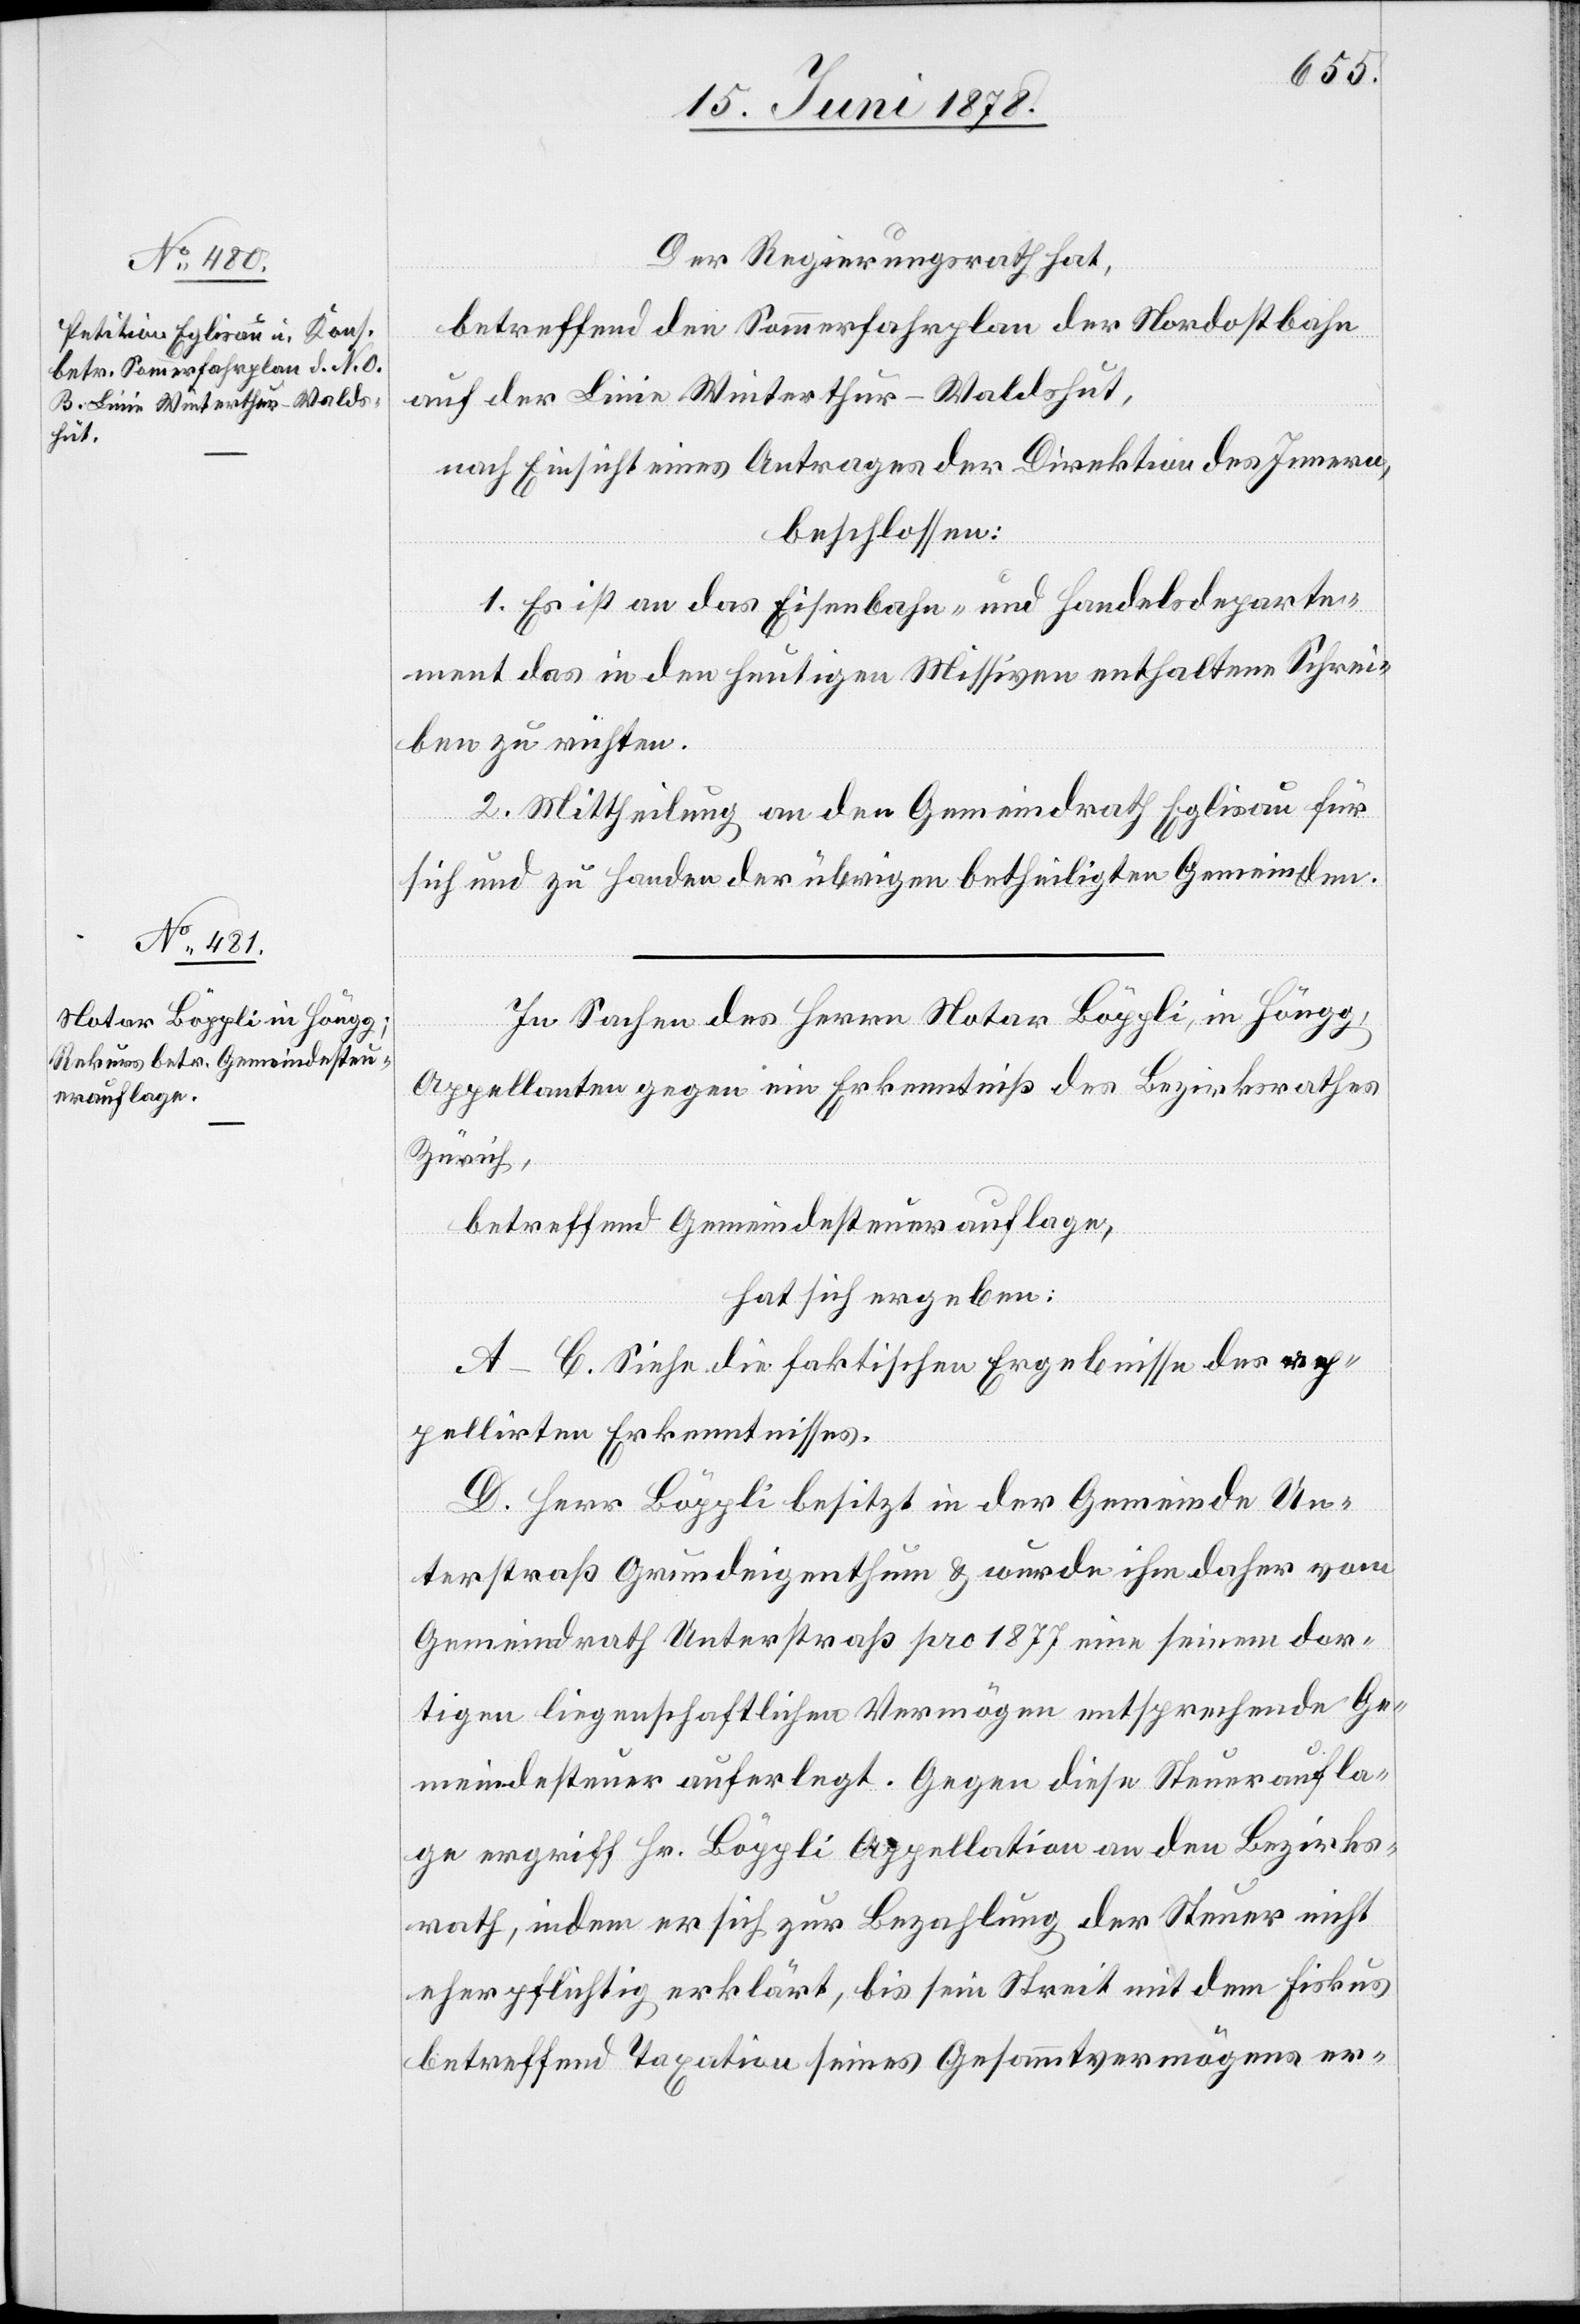
Der Regierungsrath hat,
betreffend den Sommerfahrplan der Nordostbahn
auf der Linie Winterthur–Waldshut,
nach Einsicht eines Antrages der Direktion des Innern,
beschlossen:
1. Es ist an das Eisenbahn- und Handelsdeparte¬
ment das in den heutigen Missiven enthaltene Schrei¬
ben zu richten.
2. Mittheilung an den Gemeindrath Eglisau für
sich und zu Handen der übrigen betheiligten Gemeinden.
In Sachen des Herrn Notar Böppli, in Höngg,
Appellanten gegen ein Erkenntniß des Bezirksrathes
Zürich,
betreffend Gemeindesteuerauflage,
hat sich ergeben:
A–C. Siehe die faktischen Ergebnisse des ap¬
pellirten Erkenntnisses.
D. Herr Böppli besitzt in der Gemeinde Un¬
terstraß Grundeigenthum & wurde ihm daher vom
Gemeindrath Unterstraß pro 1877 eine seinem dor¬
tigen liegenschaftlichen Vermögen entsprechende Ge¬
meindesteuer auferlegt. Gegen diese Steueraufla¬
ge ergriff Hr. Böppli Appellation an den Bezirks¬
rath, indem er sich zur Bezahlung der Steuer nicht
eher pflichtig erklärt, bis sein Streit mit dem Fiskus
betreffend Taxation seines Gesammtvermögens er-